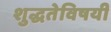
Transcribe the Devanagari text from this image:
शुद्धतेविषयी